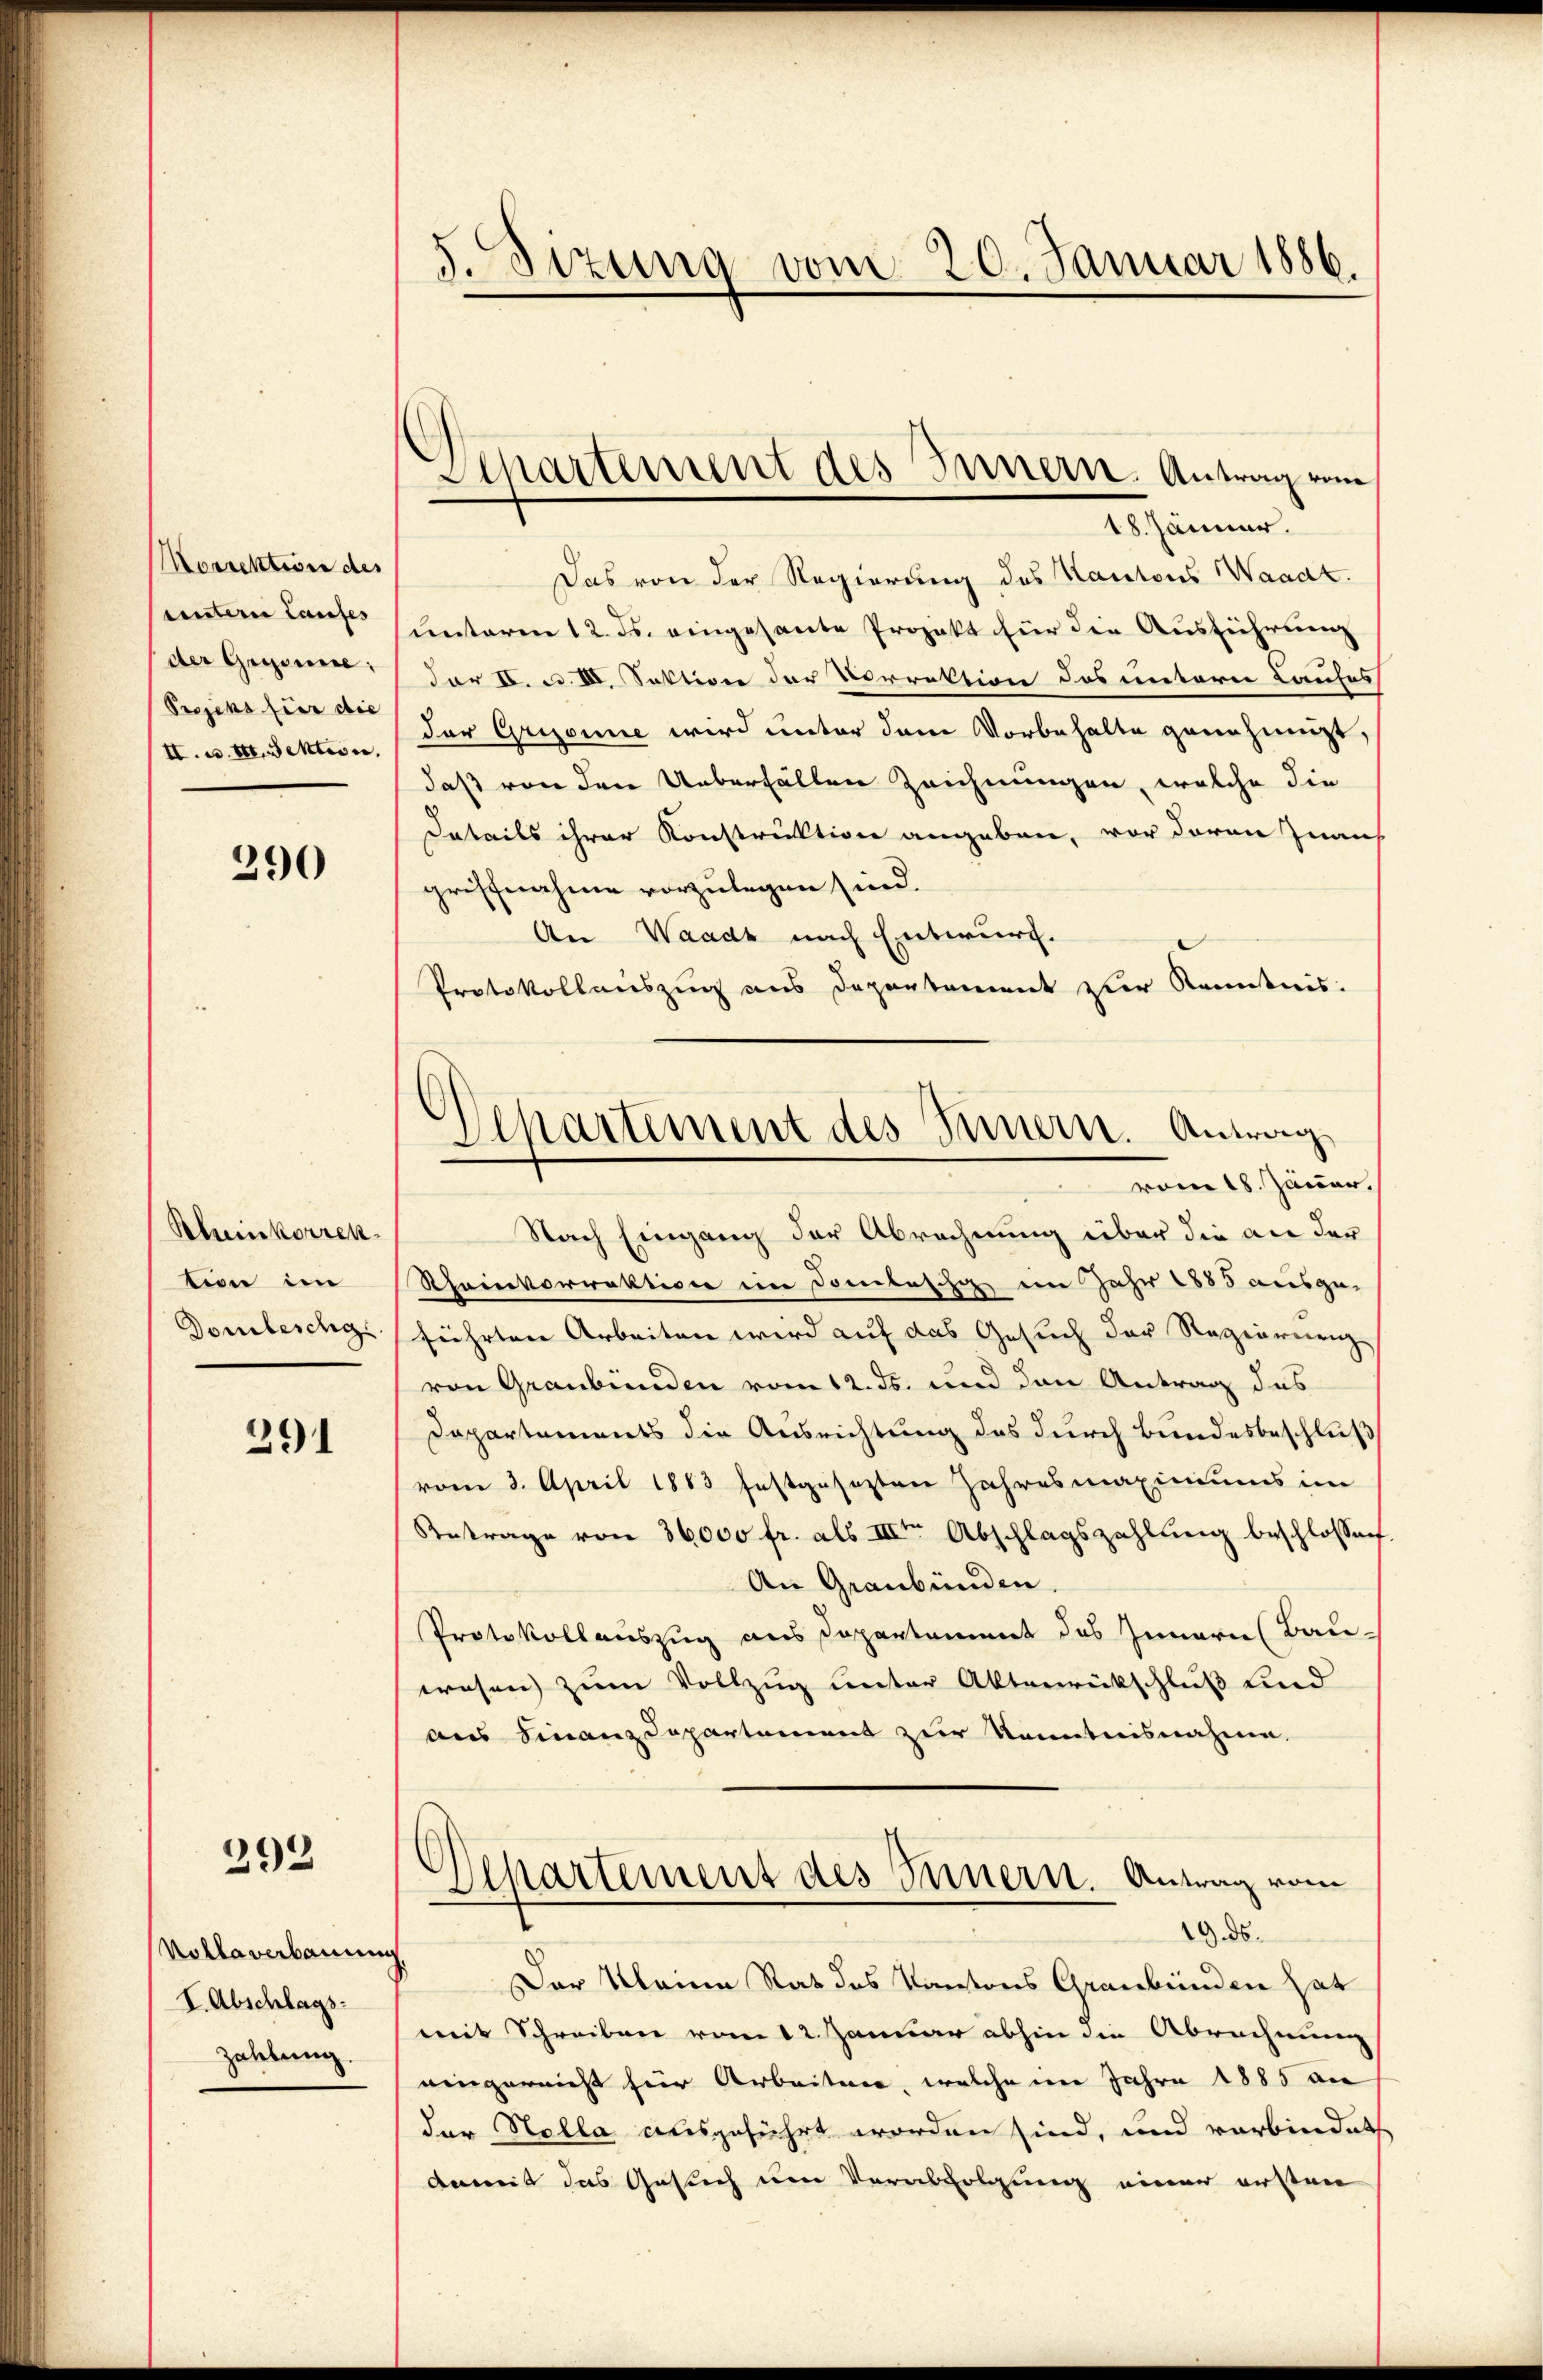
Morrektion des
untern Laufes
der Gegenne,
Peszens fier die
II. d. Mtt. Sektion.

290

Rheinkorrektion im
Dombeschg

291

292

Kollaverbauun
I. Abschlags-
Zahlung.

5. Sizung vom 20. Januar 1886.

Departement des Innern. Antrag vom
18. Jänner.

Das von der Regierung des Kantons Waadt.
unterm 12. ds. eingesante Projekt für die Ausführung
For C. c. II. Sektion der Vorrektion des untern Laufes
der Grizone wird unter dem Vorbehalte genehmigt,
daß von den Ueberfällen Zeichnungen, welche die
datails ihrer Konstruktion angeben, vor davon Inans
griffnahme vorzulegen sind.
An Waadt nach Entwurf.
Protokollauszug aus Departement zur Kenntnis:
Nach Eingang der Abrechnung über die an der
Rheinkorrektion im Donbeschi im Jahr 1883 ausge-
führten Arbeiten wird auf das Gesuch der Regierenz
von Graubünden vom 12. ds. und den Antrag des
Dapartements die Ausrichtung des durch Bundesbeschluß
vom 3. April 1883 festgesezten Jahresmaxiniums im
Betrage von 36000 fr. als IIIten Abschlagszahlung beschlossen.
An Graubünden.
Protokollauszug aus Departament des Innern (Bau-
wesen zum Vollzug unter Aktenrückschluß und
aus Finanzdepartement zur Kenntnisnahme.
)
Alkartement des Innern. Antrag vom
19. ds.
Der Meine Rat des Kantons Graubünden hat
weis Schreiben vom 12. Januar abhin die Abrechnung
eingereicht hier Arbeiten, welche im Jahre 1885 an
der Holla ausgeführt worden sind, und verbindet
damit das Gesuch um Verabfolgung einer ersten

)
Alkartement des Innern. Antrag
vom 18. Jäner.